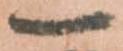
一